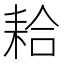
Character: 耠